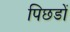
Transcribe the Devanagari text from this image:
पिछडों